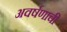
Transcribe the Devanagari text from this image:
अवर्षणाची